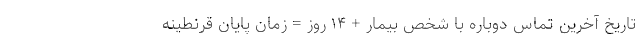
تاریخ آخرین تماس دوباره با شخص بیمار + ۱۴ روز = زمان پایان قرنطینهٔ